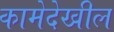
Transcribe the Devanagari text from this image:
कामेदेखील